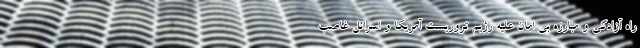
راه آزادگی و مبارزه بی امان علیه رژیم تروریست آمریکا و اسرائل غاصب